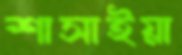
শাসাইয়া